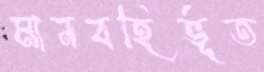
মানবহির্ভূত